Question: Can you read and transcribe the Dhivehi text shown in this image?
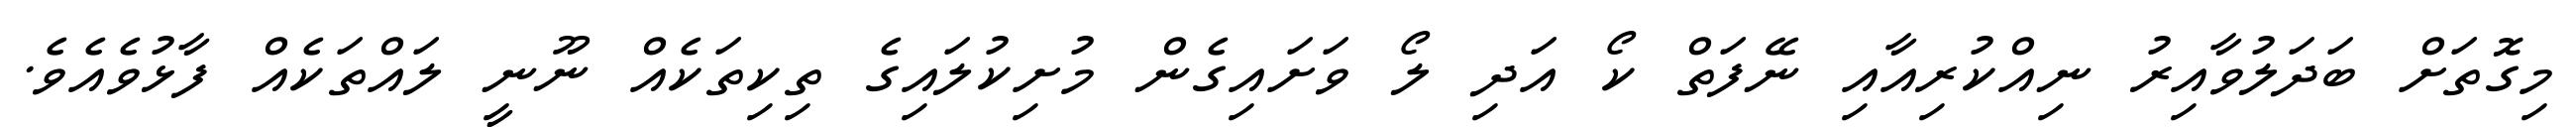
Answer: މިގޮތަށް ބަދަލުވާއިރު ނިއްކުރިއާއި ނޭފަތް ކޯ އަދި ލޯ ވަށައިގެން މުށިކުލައިގެ ތިކިތަކެއް ނޫނީ ލައްތަކެއް ފާޅުވެއެވެ.